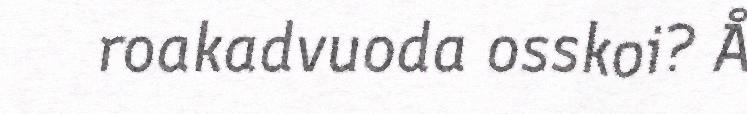
roakadvuoda osskoi? Å